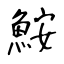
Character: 鮟